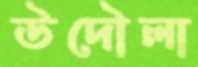
উদৌলা